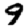
Digit: 9